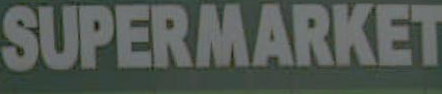
SUPERMARKET